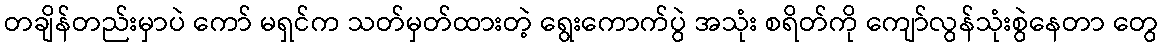
တချိန်တည်းမှာပဲ ကော် မရှင်က သတ်မှတ်ထားတဲ့ ရွေးကောက်ပွဲ အသုံး စရိတ်ကို ကျော်လွန်သုံးစွဲနေတာ တွေ